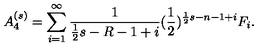
A _ { 4 } ^ { ( s ) } = \sum _ { i = 1 } ^ { \infty } \frac { 1 } { \frac { 1 } { 2 } s - R - 1 + i } ( \frac { 1 } { 2 } ) ^ { \frac { 1 } { 2 } s - n - 1 + i } F _ { i } .